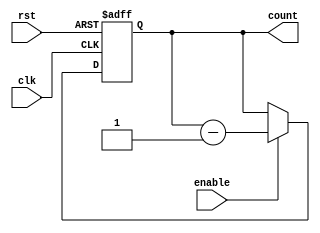
module Binary_Down_Counter_with_Enable (
    input clk,
    input rst,
    input enable,
    output reg [3:0] count
);

always @(posedge clk or posedge rst) begin
    if (rst)
        count <= 4'b1111; // Initialize counter to maximum value
    else if (enable)
        count <= count - 1; // Decrement the counter on each clock cycle when enabled
end

endmodule